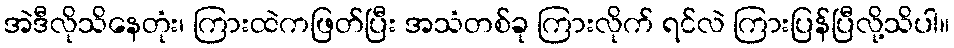
အဲဒီလိုသိနေတုံး၊ ကြားထဲကဖြတ်ပြီး အသံတစ်ခု ကြားလိုက် ရင်လဲ ကြားပြန်ပြီလို့သိပါ။